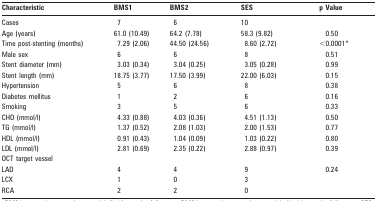
<table><thead><tr><td><b>Characteristic</b></td><td><b>BMS1</b></td><td><b>BMS2</b></td><td><b>SES</b></td><td><b>p Value</b></td></tr></thead><tbody><tr><td>Cases</td><td>7</td><td>6</td><td>10</td><td></td></tr><tr><td>Age (years)</td><td>61.0 (10.49)</td><td>64.2 (7.78)</td><td>58.3 (9.82)</td><td>0.50</td></tr><tr><td>Time post-stenting (months)</td><td>7.29 (2.06)</td><td>44.50 (24.56)</td><td>8.60 (2.72)</td><td>&lt;0.0001*</td></tr><tr><td>Male sex</td><td>6</td><td>6</td><td>8</td><td>0.51</td></tr><tr><td>Stent diameter (mm)</td><td>3.03 (0.34)</td><td>3.04 (0.25)</td><td>3.05 (0.28)</td><td>0.99</td></tr><tr><td>Stent length (mm)</td><td>18.75 (3.77)</td><td>17.50 (3.99)</td><td>22.00 (6.03)</td><td>0.15</td></tr><tr><td>Hypertension</td><td>5</td><td>6</td><td>8</td><td>0.38</td></tr><tr><td>Diabetes mellitus</td><td>1</td><td>2</td><td>6</td><td>0.16</td></tr><tr><td>Smoking</td><td>3</td><td>5</td><td>6</td><td>0.33</td></tr><tr><td>CHO (mmol/l)</td><td>4.33 (0.88)</td><td>4.03 (0.36)</td><td>4.51 (1.13)</td><td>0.50</td></tr><tr><td>TG (mmol/l)</td><td>1.37 (0.52)</td><td>2.08 (1.03)</td><td>2.00 (1.53)</td><td>0.77</td></tr><tr><td>HDL (mmol/l)</td><td>0.91 (0.43)</td><td>1.04 (0.09)</td><td>1.03 (0.22)</td><td>0.80</td></tr><tr><td>LDL (mmol/l)</td><td>2.81 (0.69)</td><td>2.35 (0.22)</td><td>2.88 (0.97)</td><td>0.39</td></tr><tr><td>OCT target vessel</td><td></td><td></td><td></td><td></td></tr><tr><td>LAD</td><td>4</td><td>4</td><td>9</td><td>0.24</td></tr><tr><td>LCX</td><td>1</td><td>0</td><td>3</td><td></td></tr><tr><td>RCA</td><td>2</td><td>2</td><td>0</td><td></td></tr></tbody></table>